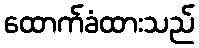
ထောက်ခံထားသည်